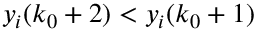
y _ { i } ( k _ { 0 } + 2 ) < y _ { i } ( k _ { 0 } + 1 )